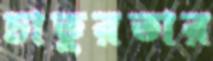
চাতুরতার